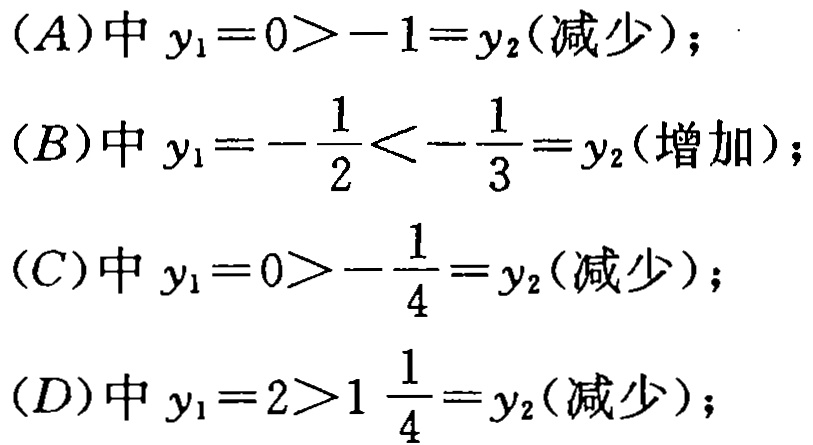
(A)中 \(y_1 = 0 > -1 = y_2\)(减少)；
(B)中 \(y_1 = -\frac{1}{2} < -\frac{1}{3} = y_2\)(增加)；
(C)中 \(y_1 = 0 > -\frac{1}{4} = y_2\)(减少)；
(D)中 \(y_1 = 2 > 1\frac{1}{4} = y_2\)(减少)；